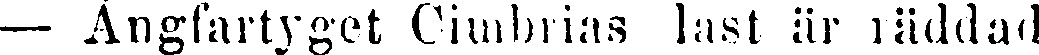
— Ångfartyget Cimbrias last är räddad